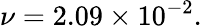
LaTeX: \nu=2.09\times 10^{-2}.